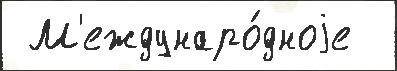
 М'еждунаро́дноjе